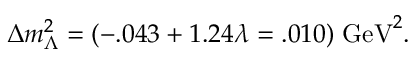
\Delta m _ { \Lambda } ^ { 2 } = ( - . 0 4 3 + 1 . 2 4 \lambda = . 0 1 0 ) \; \mathrm { G e V } ^ { 2 } .